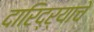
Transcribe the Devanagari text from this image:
दारिद्‌ऱ्याचे